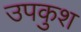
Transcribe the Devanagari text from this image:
उपकुश